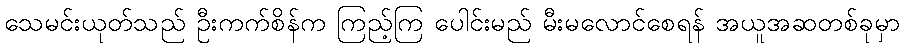
သေမင်းယုတ်သည် ဦးကက်စိန်က ကြည့်ကြ ပေါင်းမည် မီးမလောင်စေရန် အယူအဆတစ်ခုမှာ